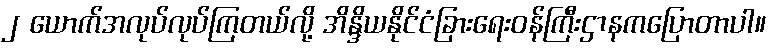
၂ ယောက်အလုပ်လုပ်ကြတယ်လို့ အိန္ဒိယနိုင်ငံခြားရေးဝန်ကြီးဌာနကပြောတာပါ။